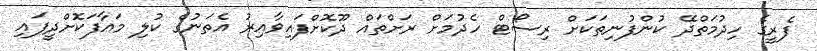
ފެރީގެ ހިދުމަތްދޭ ކުންފުނިތަކަށް ރިސޯޓް ހެދުމަށް ރަށްތައް ދޫކޮށްފައިވާއިރު އެތަނުގެ ކުލި މައާފަކޮށްދީފައި